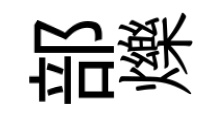
部爍